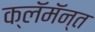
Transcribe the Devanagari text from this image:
क्लॅमॅन्त